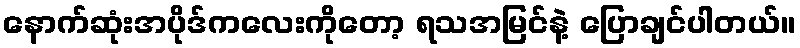
နောက်ဆုံးအပိုဒ်ကလေးကိုတော့ ရသအမြင်နဲ့ ပြောချင်ပါတယ်။